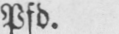
Pfd.